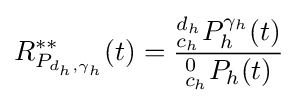
R_{P_{d_{h},\gamma _{h}}}^{**}(t)={\frac {{^{d_{h}}_{c_{h}}}P_{h}^{\gamma _{h}}(t)}{^{0}_{c_{h}}P_{h}(t)}}